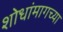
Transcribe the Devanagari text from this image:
शोधांमागच्या